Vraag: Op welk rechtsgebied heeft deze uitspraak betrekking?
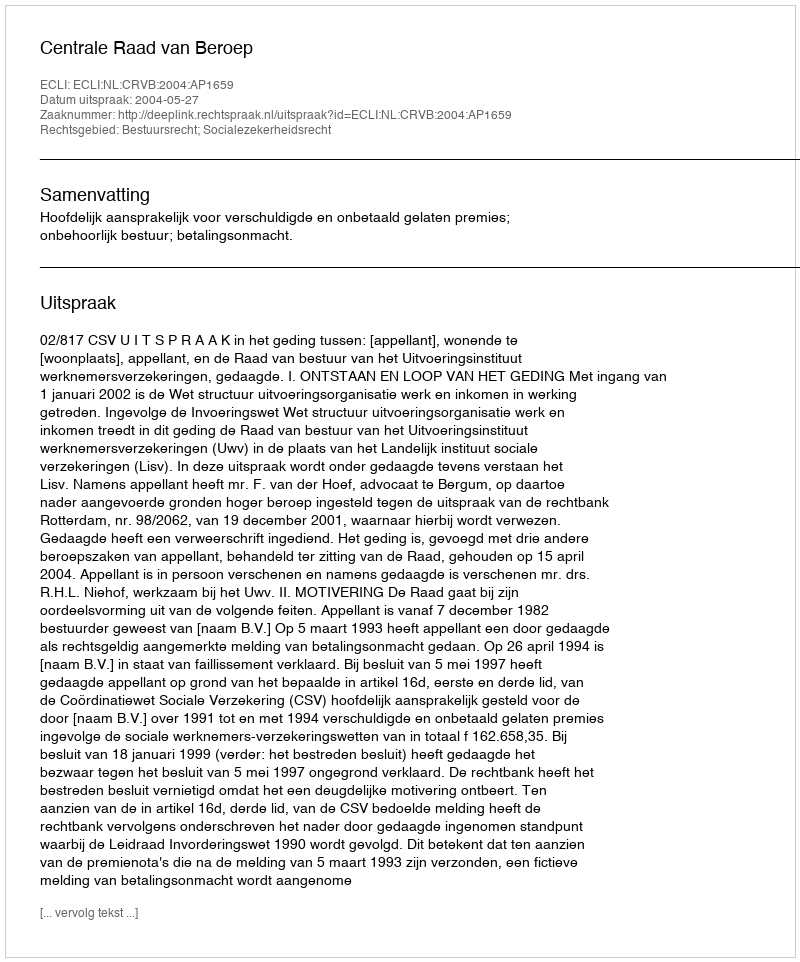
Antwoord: Bestuursrecht; Socialezekerheidsrecht